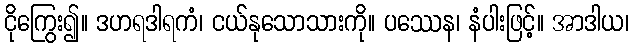
ငိုကြွေး၍။ ဒဟရဒါရကံ၊ ငယ်နုသောသားကို။ ပဿေန၊ နံပါးဖြင့်။ အာဒါယ၊